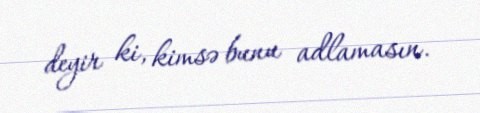
deyir ki, kimsə bunu adlamasın.